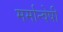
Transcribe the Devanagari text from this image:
मर्मान्‍वेषी